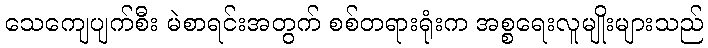
သေကျေပျက်စီး မဲစာရင်းအတွက် စစ်တရားရုံးက အစ္စရေးလူမျိုးများသည်